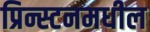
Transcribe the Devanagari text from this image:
प्रिन्स्टनमधील